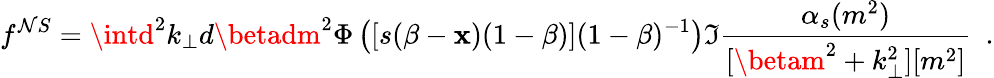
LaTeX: f^{\mathcal{N}S}=\intd^{2}k_{\perp}d\betadm^{2}\Phi\left(\left[s(\beta-\mathbf{x})(1-\beta)\right](1-\beta)^{-1}\right)\Im\frac{{\alpha_{s}(m^{2})}}{{[\betam^{2}+k_{\perp}^{2}][m^{2}]}}~~.